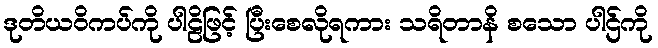
ဒုတိယဝိကပ်ကို ပါဠိဖြင့် ပြီးစေလိုရကား သရိတာနိ စသော ပါဌ်ကို